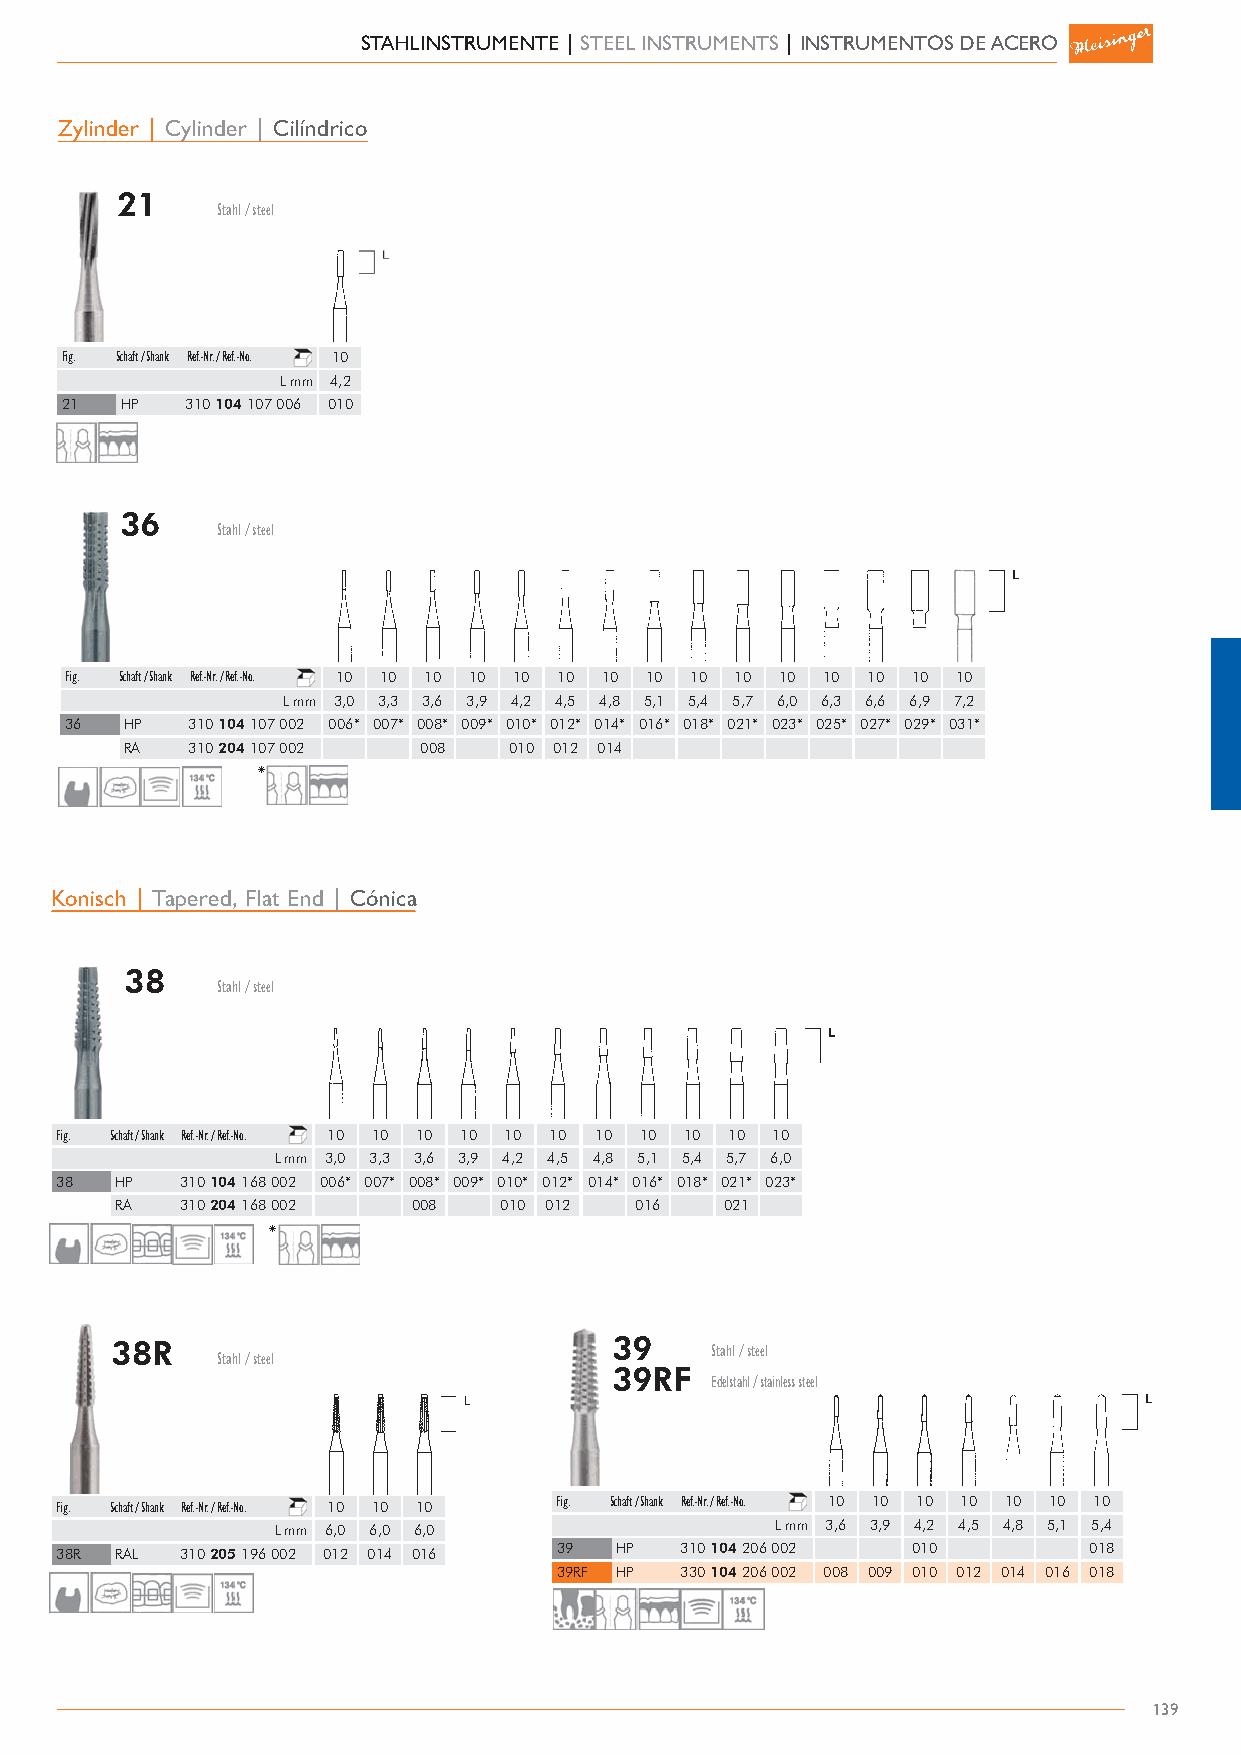
STAHLINSTRUMENTE | STEEL INSTRUMENTS | INSTRUMENTOS DE ACERO
 Zylinder | Cylinder | Cilíndrico
 21
 Stahl / steel
 Fig. Schaft / Shank Ref.-Nr. / Ref.-No. 10
 L mm 4,.2
 21  HP  310 104 107 006 010
 36
 Stahl / steel
 Fig. Schaft / Shank Ref.-Nr. / Ref.-No. 10 10 10 10 10 10 10 10 10 10 10 10 10 10 10
 L mm 3,.0 3,.3 3,.6 3,.9 4,.2 4,.5 4,.8 5,.1 5,.4 5,.7 6,.0 6,.3 6,.6 6,.9 7,.2
 36  HP  310 104 107 002 006* 007* 008* 009* 010* 012* 014* 016* 018* 021* 023* 025* 027* 029* 031*
 RA  310 204 107 002 008   010 012 014
 *
 Konisch | Tapered, Flat End | Cónica
 38
 Stahl / steel
 Fig. Schaft / Shank Ref.-Nr. / Ref.-No. 10 10 10 10 10 10 10 10 10 10 10
 L mm 3,.0 3,.3 3,.6 3,.9 4,.2 4,.5 4,.8 5,.1 5,.4 5,.7 6,.0
 38  HP  310 104 168 002 006* 007* 008* 009* 010* 012* 014* 016* 018* 021* 023*
 RA  310 204 168 002 008  010 012  016   021
 *
 38R                              39     Stahl / steel
 Stahl / steel
 39RF
 Edelstahl / stainless steel
 Fig. Schaft / Shank Ref.-Nr. / Ref.-No. 10 10 10 Fig. Schaft / Shank Ref.-Nr. / Ref.-No. 10 10 10 10 10 10 10
 L mm 6,.0 6,.0 6,.0              L mm 3,.6 3,.9 4,.2 4,.5 4,.8 5,.1 5,.4
 38R RAL 310 205 196 002 012 014 016 39 HP 310 104 206 002 010       018
 39RF HP 330 104 206 002 008 009 010 012 014 016 018
 139